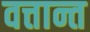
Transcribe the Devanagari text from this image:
वत्तान्त